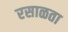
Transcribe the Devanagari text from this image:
रसाळता